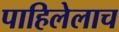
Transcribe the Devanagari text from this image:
पाहिलेलाच